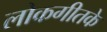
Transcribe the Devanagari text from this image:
लोकगीतके